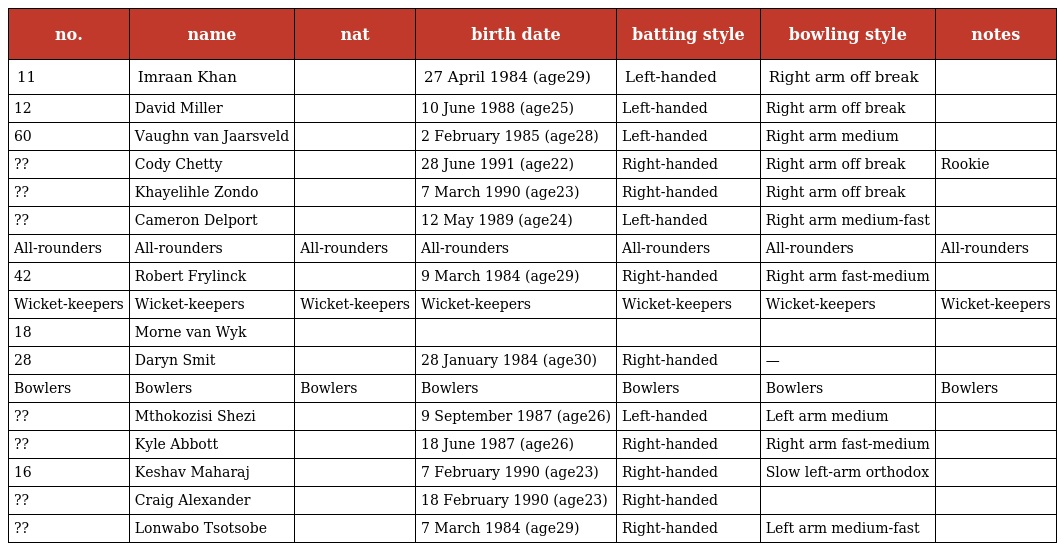
| no. | name | nat | birth date | batting style | bowling style | notes |
 | --- | --- | --- | --- | --- | --- | --- |
 | 11 | Imraan Khan |  | 27 April 1984 (age29) | Left-handed | Right arm off break |  |
 | 12 | David Miller |  | 10 June 1988 (age25) | Left-handed | Right arm off break |  |
 | 60 | Vaughn van Jaarsveld |  | 2 February 1985 (age28) | Left-handed | Right arm medium |  |
 | ?? | Cody Chetty |  | 28 June 1991 (age22) | Right-handed | Right arm off break | Rookie |
 | ?? | Khayelihle Zondo |  | 7 March 1990 (age23) | Right-handed | Right arm off break |  |
 | ?? | Cameron Delport |  | 12 May 1989 (age24) | Left-handed | Right arm medium-fast |  |
 | All-rounders | All-rounders | All-rounders | All-rounders | All-rounders | All-rounders | All-rounders |
 | 42 | Robert Frylinck |  | 9 March 1984 (age29) | Right-handed | Right arm fast-medium |  |
 | Wicket-keepers | Wicket-keepers | Wicket-keepers | Wicket-keepers | Wicket-keepers | Wicket-keepers | Wicket-keepers |
 | 18 | Morne van Wyk |  |  |  |  |  |
 | 28 | Daryn Smit |  | 28 January 1984 (age30) | Right-handed | — |  |
 | Bowlers | Bowlers | Bowlers | Bowlers | Bowlers | Bowlers | Bowlers |
 | ?? | Mthokozisi Shezi |  | 9 September 1987 (age26) | Left-handed | Left arm medium |  |
 | ?? | Kyle Abbott |  | 18 June 1987 (age26) | Right-handed | Right arm fast-medium |  |
 | 16 | Keshav Maharaj |  | 7 February 1990 (age23) | Right-handed | Slow left-arm orthodox |  |
 | ?? | Craig Alexander |  | 18 February 1990 (age23) | Right-handed |  |  |
 | ?? | Lonwabo Tsotsobe |  | 7 March 1984 (age29) | Right-handed | Left arm medium-fast |  |